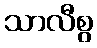
သာလီစွ